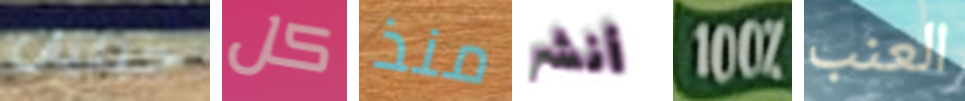
جيليان كل منذ أنشر 100% العنب